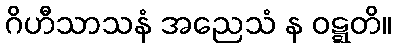
ဂိဟီသာသနံ အညေသံ န ဝဋ္ဋတိ။